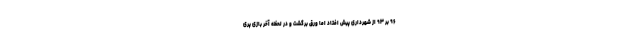
۹۶ بر ۹۳ از شهرداری پیش افتاد اما ورق برگشت و در لحظه آخر بازی پری